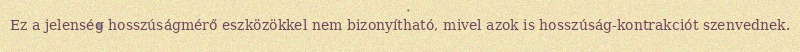
Ez a jelenség hosszúságmérő eszközökkel nem bizonyítható, mivel azok is hosszúság-kontrakciót szenvednek.